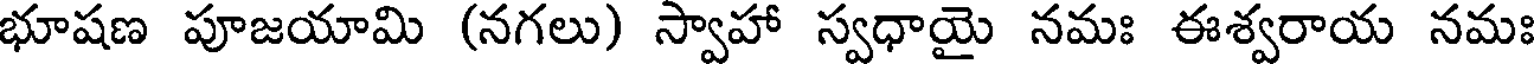
భూషణ పూజయామి (నగలు) స్వాహా స్వధాయై నమః ఈశ్వరాయ నమః